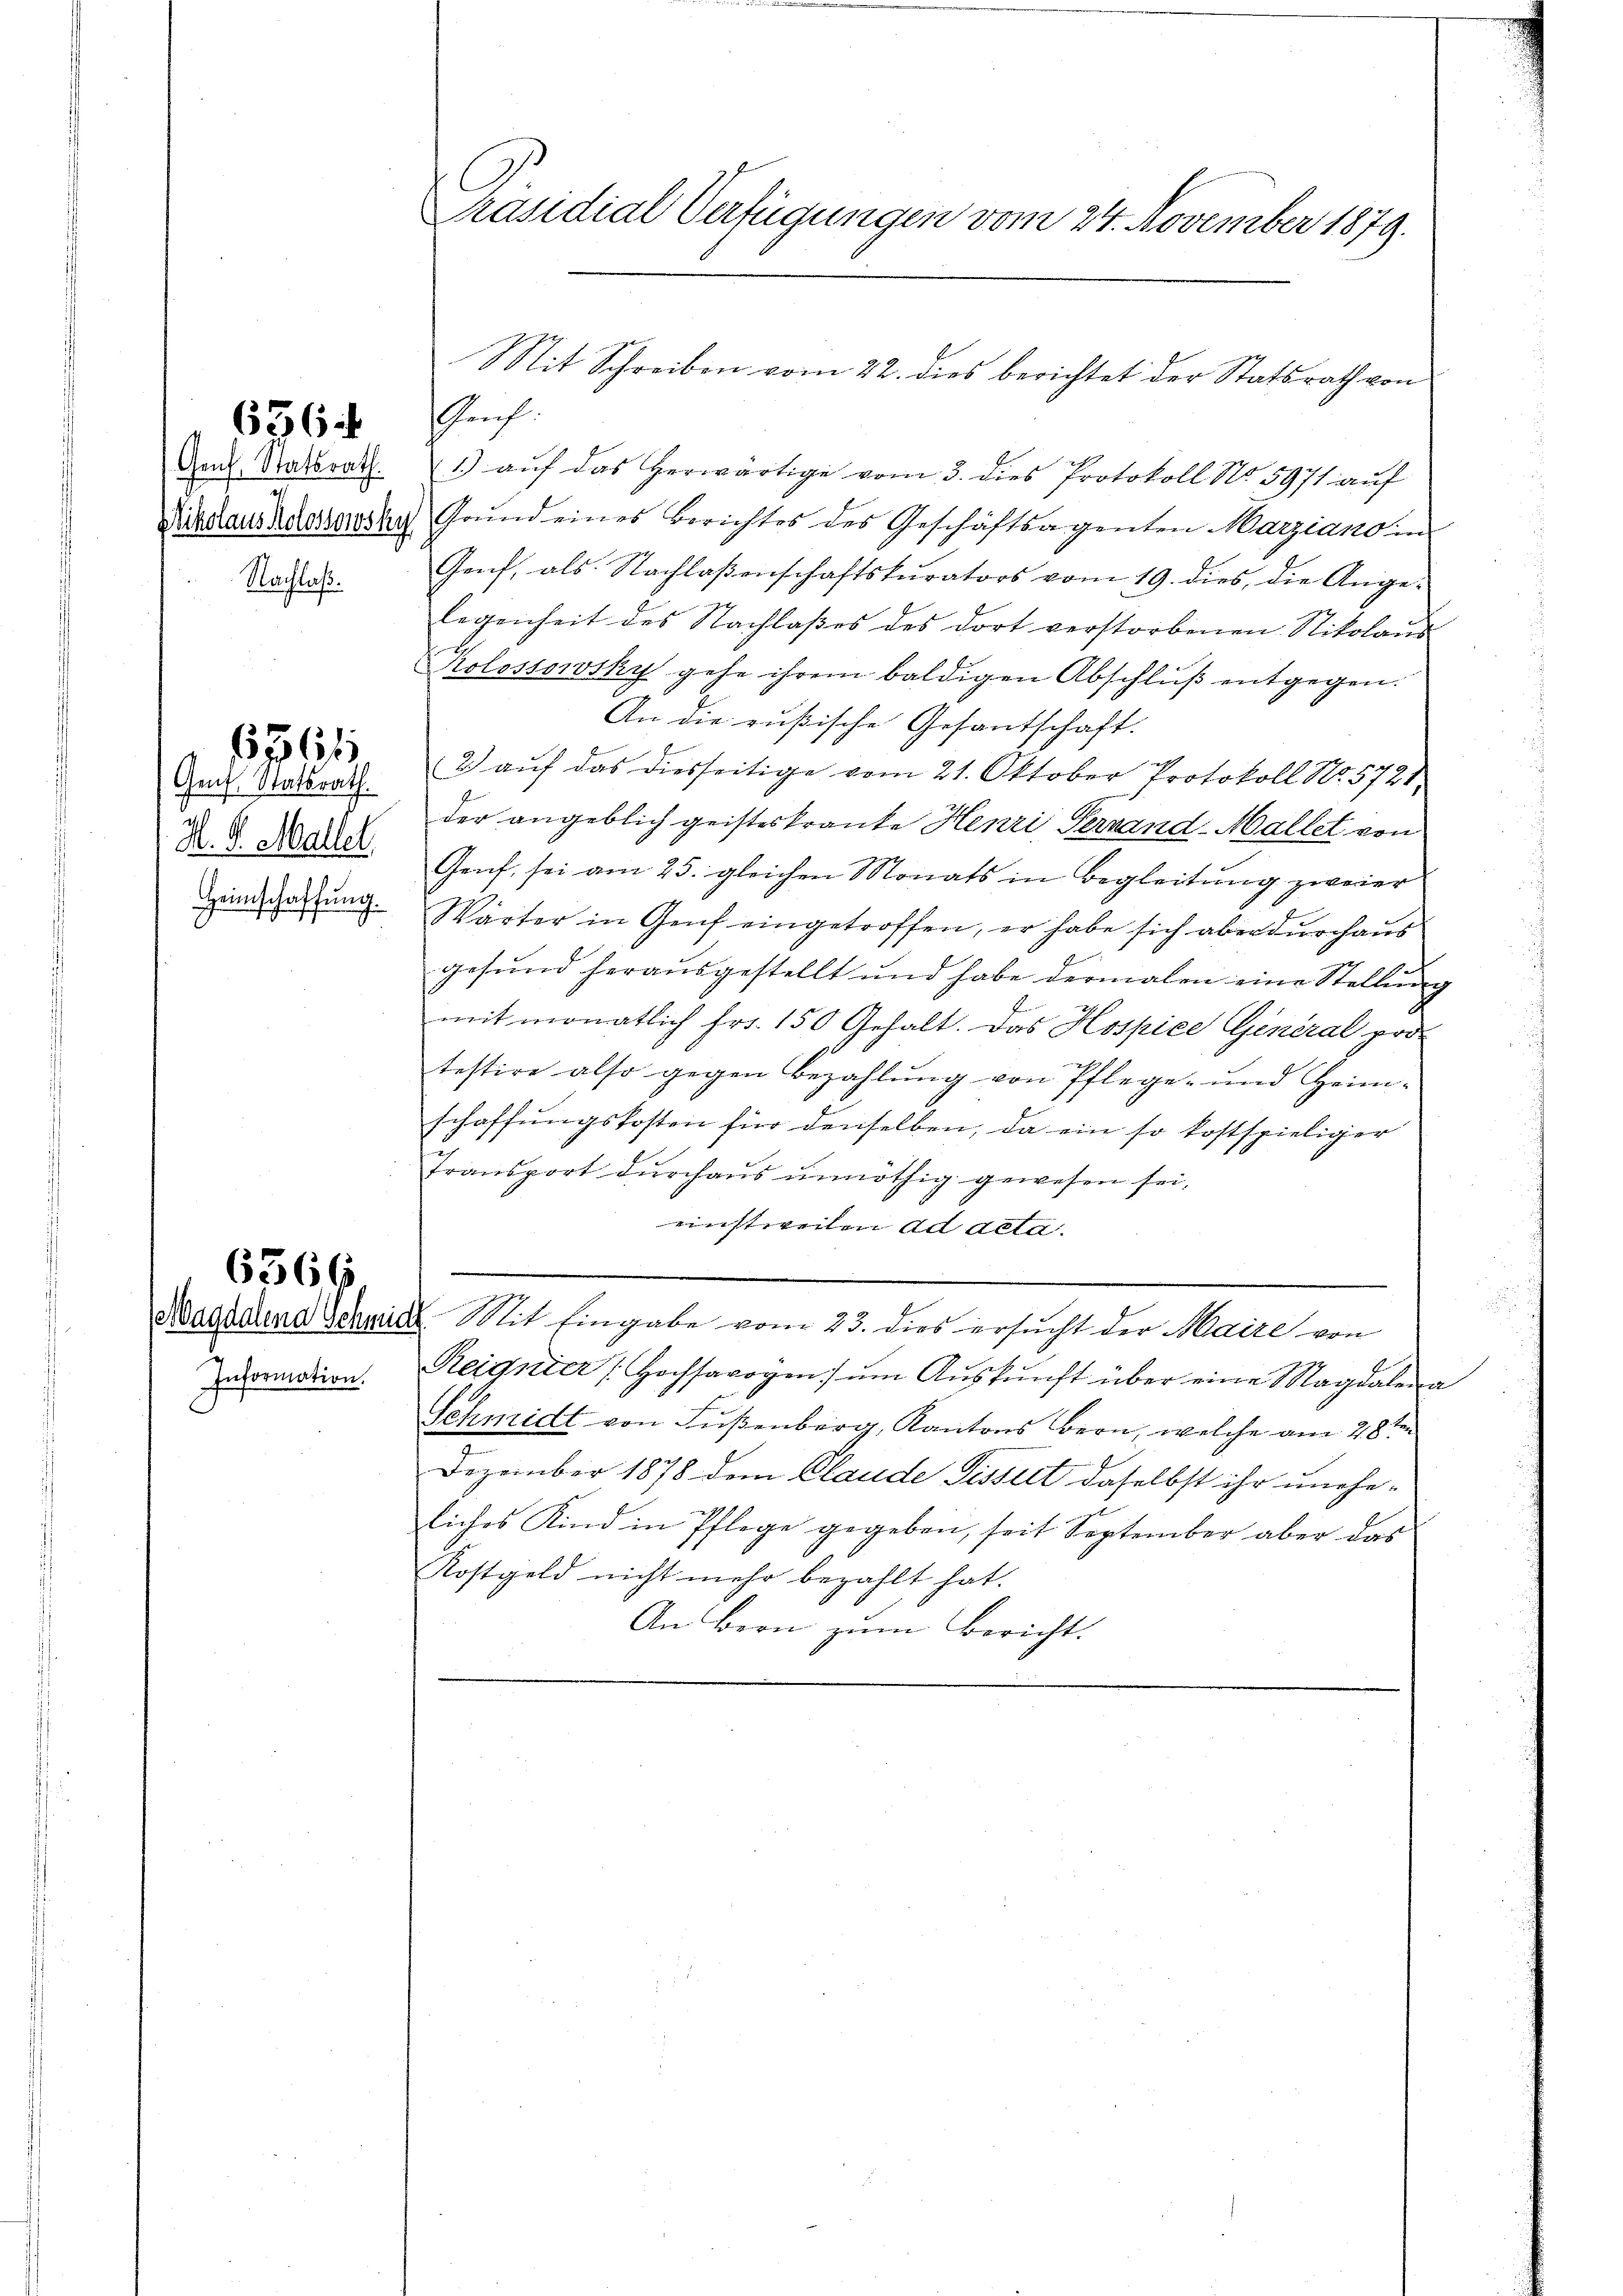
636.

Genf Statsrath
Nikolaus Kolossowsky
Nachlaß.

Gent, Statsrath.
H. d. Mallel
Heimschaffung.

6761

Information.

6366

Präsidial-Verfügungen vom 24. November 1879.

Mit Schreiben vom 22. dies berichtet der Statsrath von
Grf

1.) auf das herwärtige vom 3. dies Protokoll No 5971 auf
Grŭnd eines Berichtes des Geschäftsagenten Marziano in
Genf, als Nachlaßenschaftskurators vom 19. dies, die Angelegenheit des Nachlaßes des dort verstorbenen Nikolaus
Rolossowsky gehe ihrem baldigen Abschluß entgegen.
An die rußische Gesantschaft.
ih
2) auf das diesseitige vom 21. Oktober Protokoll No. 5721.
der angeblich geisteskranke Henri Pernand-Mallet von
Genf, sei am 25. gleichen Monats in Begleitung zweier
Wärter in Genf eingetroffen, er habe sich aber durchausgesund herausgestellt und habe dermalen eine Stellung
mit monatlich Fr. 150 Gehalt. Das Hospice General pro
testire also gegen Bezahlung von Pflege- und Heim-
schaffungskosten für denselben, da ein so kostspieliger
Transport durchaus unnöthig gewesen sei,
einstweilen ad acta.
Bagddund Schmidt. Mit Eingabe vom 23. dies ersucht der Maire von
Reignier Hochsavoyen ŭm Aŭskŭnft über eine Magdalena
Schmidt von Fußenberg, Kantons Bern, welche am 28ten
Dezember 1878 dem Claude Disseit daselbst ihr uneheliches Kind in Pflege gegeben, seit September aber das
Kostgeld nicht mehr bezahlt hat.
An Bern zum Bericht.